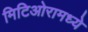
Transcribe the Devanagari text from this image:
मिटिओरामध्ये